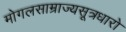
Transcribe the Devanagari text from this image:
मोगलसाम्राज्यसूत्रधारो